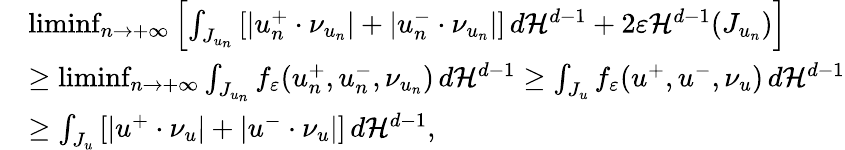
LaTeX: \begin{array}{rl}&{\operatorname*{liminf}_{n\to+\infty}\left[\int_{J_{u_{n}}}\left[|u_{n}^{+}\cdot\nu_{u_{n}}|+|u_{n}^{-}\cdot\nu_{u_{n}}|\right]\, d{\mathcal{H}}^{d-1}+2\varepsilon{\mathcal{H}}^{d-1}(J_{u_{n}})\right]}\\ &{\geq\operatorname*{liminf}_{n\to+\infty}\int_{J_{u_{n}}}f_{\varepsilon}(u_{n}^{+},u_{n}^{-},\nu_{u_{n}})\, d{\mathcal{H}}^{d-1}\geq\int_{J_{u}}f_{\varepsilon}(u^{+},u^{-},\nu_{u})\, d{\mathcal{H}}^{d-1}}\\ &{\ge\int_{J_{u}}\left[|u^{+}\cdot\nu_{u}|+|u^{-}\cdot\nu_{u}|\right]\, d{\mathcal{H}}^{d-1},}\end{array}